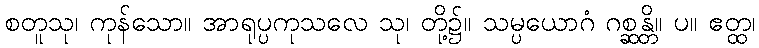
စတူသု၊ ကုန်သော။ အာရုပ္ပကုသလေ သု၊ တို့၌။ သမ္ပယောဂံ ဂစ္ဆန္တိ။ ပ။ ဧတ္ထ၊